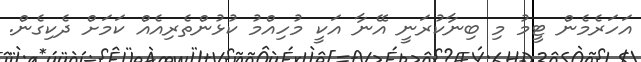
އަހަރެމެން ޓީމު މި ބިނާކުރަނީ އޭނާ އަކީ މުހިއްމު ކުޅުންތެރިއެއް ކަމަށް ދެކިގެން.